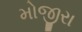
મોજીરા